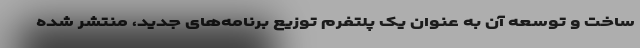
ساخت و توسعه آن به عنوان یک پلتفرم توزیع برنامه‌های جدید، منتشر شده